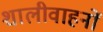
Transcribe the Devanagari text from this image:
शालीवाहनों